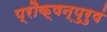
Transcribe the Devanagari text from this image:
प्रौक्षन्पुरुषं